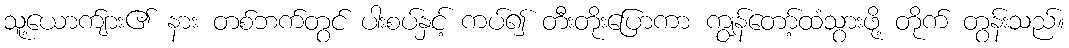
သူ့ယောက်ျား၏ နား တစ်ဘက်တွင် ပါးစပ်နှင့် ကပ်၍ တီးတိုးပြောကာ ကျွန်တော့်ထံသွားဖို့ တိုက် တွန်းသည်။